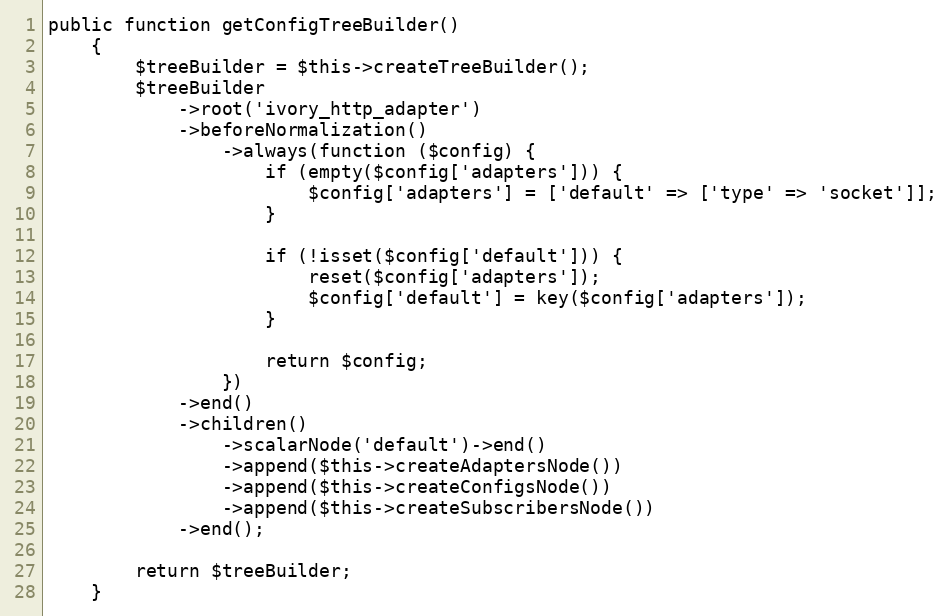
Language: PHP
public function getConfigTreeBuilder()
    {
        $treeBuilder = $this->createTreeBuilder();
        $treeBuilder
            ->root('ivory_http_adapter')
            ->beforeNormalization()
                ->always(function ($config) {
                    if (empty($config['adapters'])) {
                        $config['adapters'] = ['default' => ['type' => 'socket']];
                    }

                    if (!isset($config['default'])) {
                        reset($config['adapters']);
                        $config['default'] = key($config['adapters']);
                    }

                    return $config;
                })
            ->end()
            ->children()
                ->scalarNode('default')->end()
                ->append($this->createAdaptersNode())
                ->append($this->createConfigsNode())
                ->append($this->createSubscribersNode())
            ->end();

        return $treeBuilder;
    }